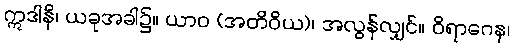
ဣဒါနိ၊ ယခုအခါ၌။ ယာဝ (အတိဝိယ)၊ အလွန်လျှင်။ ဝိရာဂေန၊